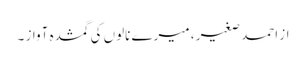
از احمد صغیر ، میرے نالوں کی گمشدہ آواز ۔